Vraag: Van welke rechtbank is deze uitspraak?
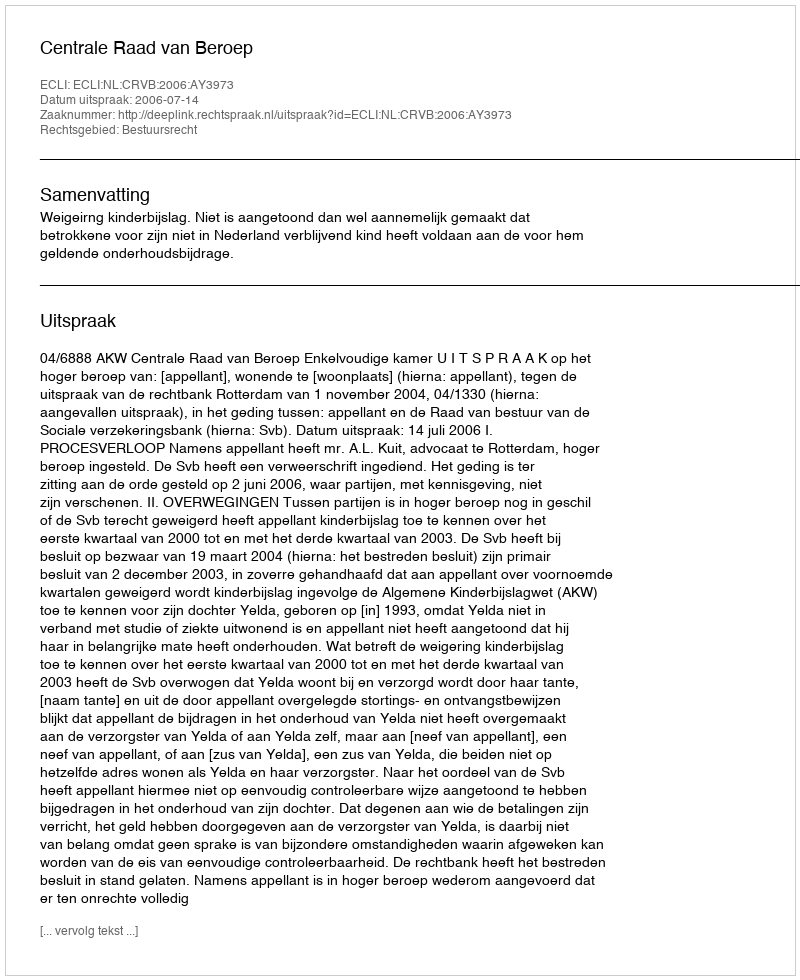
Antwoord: Centrale Raad van Beroep